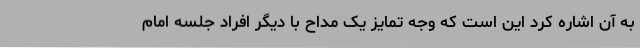
به آن اشاره کرد این است که وجه تمایز یک مداح با دیگر افراد جلسه امام